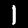
Digit: 1